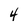
Character: 4